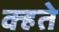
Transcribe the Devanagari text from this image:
क्हते